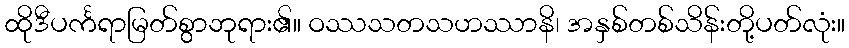
ထိုဒီပင်္ကရာမြတ်စွာဘုရား၏။ ဝဿသတသဟဿာနိ၊ အနှစ်တစ်သိန်းတို့ပတ်လုံး။